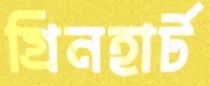
গ্রিনহার্ট